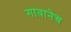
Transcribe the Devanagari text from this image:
गावानेच